Report on metropolitan horse fairs and district horse shows of 1891-92 - 1891-1892
Year: 1891
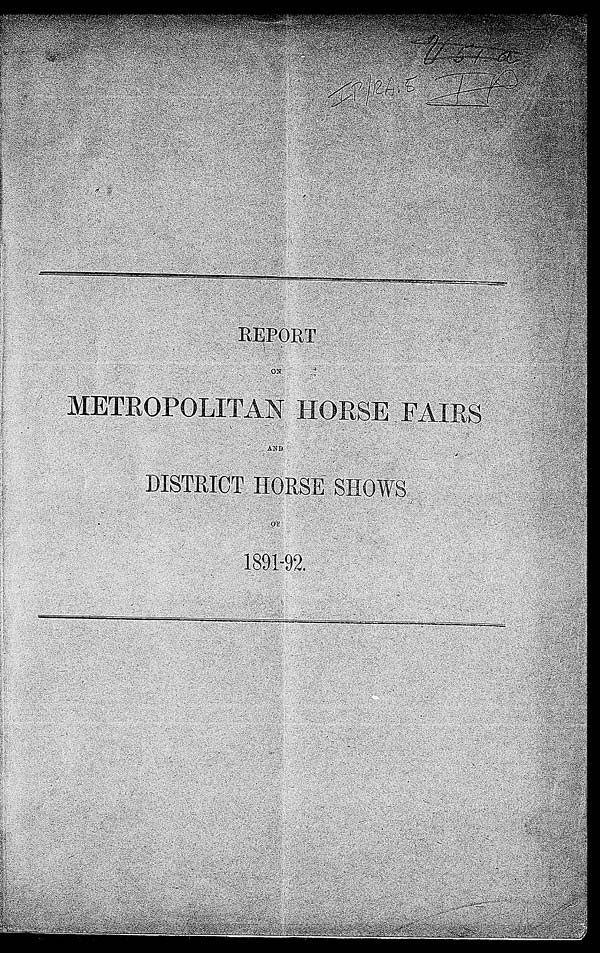
REPORT
ON
METROPOLITAN HORSE FAIRS
AND
DISTRICT HORSE SHOWS
OF
1891-92.